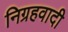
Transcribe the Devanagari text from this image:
निग्रहवादी